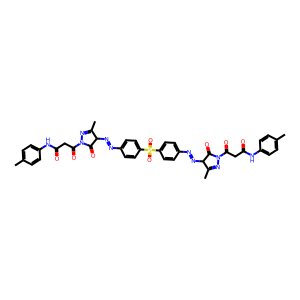
SMILES: CC1=NN(C(=O)CC(=O)Nc2ccc(C)cc2)C(=O)C1N=Nc1ccc(S(=O)(=O)c2ccc(N=NC3C(=O)N(C(=O)CC(=O)Nc4ccc(C)cc4)N=C3C)cc2)cc1
Inhibits HIV replication: No